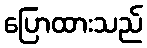
ပြောထားသည်